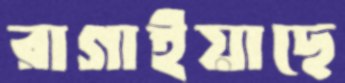
রাগাইয়াছে